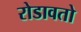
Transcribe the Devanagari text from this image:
रोडावतो